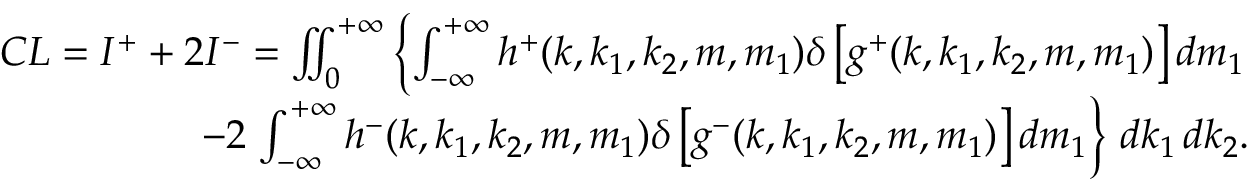
\begin{array} { r } { C L = I ^ { + } + 2 I ^ { - } = \iint _ { 0 } \displaylimits ^ { + \infty } \left\{ \int \displaylimits _ { - \infty } ^ { + \infty } h ^ { + } ( k , k _ { 1 } , k _ { 2 } , m , m _ { 1 } ) \delta \left[ g ^ { + } ( k , k _ { 1 } , k _ { 2 } , m , m _ { 1 } ) \right] d m _ { 1 } \right. } \\ { - 2 \left. \int \displaylimits _ { - \infty } ^ { + \infty } h ^ { - } ( k , k _ { 1 } , k _ { 2 } , m , m _ { 1 } ) \delta \left[ g ^ { - } ( k , k _ { 1 } , k _ { 2 } , m , m _ { 1 } ) \right] d m _ { 1 } \right\} \, d k _ { 1 } \, d k _ { 2 } . } \end{array}